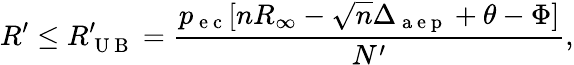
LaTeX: R^{\prime}\le R_{\mathrm{~U~B~}}^{\prime}=\frac{p_{\mathrm{~e~c~}}[nR_{\infty}-\sqrt{n}\Delta_{\mathrm{~a~e~p~}}+\theta-\Phi]}{N^{\prime}},